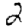
Digit: 2